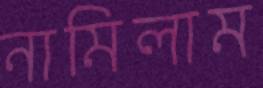
নামিলাম